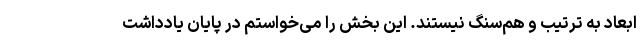
ابعاد به ترتیب و هم‌سنگ نیستند. این بخش را می‌خواستم در پایان یادداشت